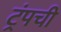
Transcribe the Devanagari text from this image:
ट्रंपची